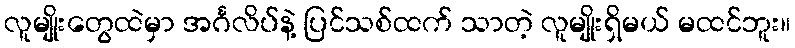
လူမျိုးတွေထဲမှာ အင်္ဂလိပ်နဲ့ ပြင်သစ်ထက် သာတဲ့ လူမျိုးရှိမယ် မထင်ဘူး။